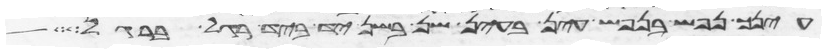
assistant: עינך נפש בנפש עין בעין שן בשן יד ביד רגל ברגל